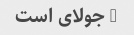
5 جولای است